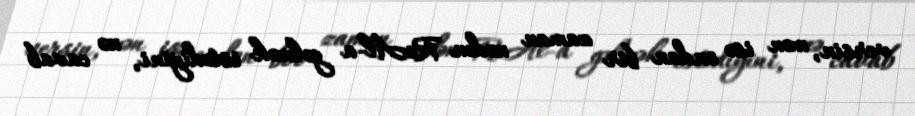
versin, mən isə ondan bir zaman nədən ReAl-a gəlmək istədiyini, nə cavab